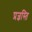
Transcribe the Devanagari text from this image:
प्रज्ञस्ति